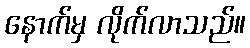
နောက်မှ လိုက်လာသည်။